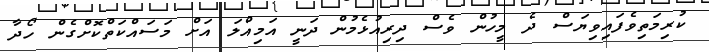
ކުރިމަތިވެފައިވިޔަސް ދެ މީހުން ވެސް ދިރިއުޅެމުން ދަނީ އަމިއްލަ އަށް މަސައްކަތްކޮށްގެން ހޯދާ